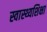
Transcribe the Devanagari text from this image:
स्वास्थ्यशिक्षा